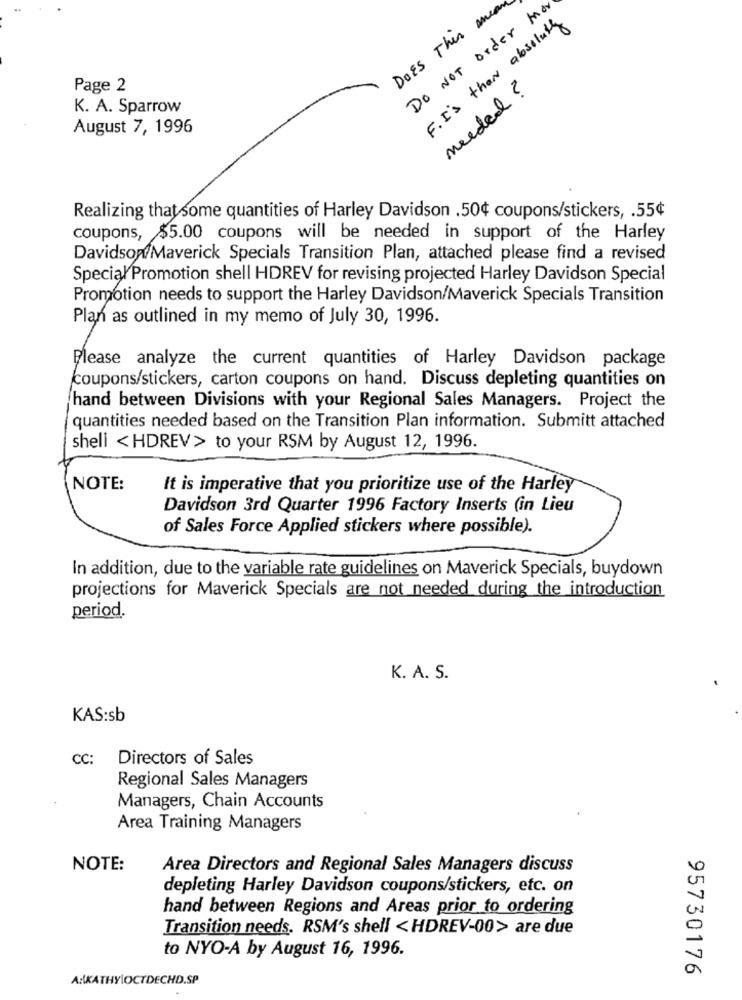
DOES This mia
Do NOT order Mor
F. I's than absoluty
Page 2
needed ?
K. A. Sparrow
August 7, 1996
Realizing that some quantities of Harley Davidson .50¢ coupons/stickers, . 55¢
coupons, $5.00 coupons will be needed in support of the Harley
Davidson Maverick Specials Transition Plan, attached please find a revised
Special Promotion shell HDREV for revising projected Harley Davidson Special
Promotion needs to support the Harley Davidson/Maverick Specials Transition
Plan as outlined in my memo of July 30, 1996.
Please analyze the current quantities of Harley Davidson package
coupons/stickers, carton coupons on hand. Discuss depleting quantities on
hand between Divisions with your Regional Sales Managers. Project the
quantities needed based on the Transition Plan information. Submitt attached
shell < HDREV> to your RSM by August 12, 1996.
NOTE:
It is imperative that you prioritize use of the Harley
Davidson 3rd Quarter 1996 Factory Inserts (in Lieu
of Sales Force Applied stickers where possible).
In addition, due to the variable rate guidelines on Maverick Specials, buydown
projections for Maverick Specials are not needed during the introduction
period.
K. A. S.
KAS:sb
cc:
Directors of Sales
Regional Sales Managers
Managers, Chain Accounts
Area Training Managers
NOTE:
Area Directors and Regional Sales Managers discuss
depleting Harley Davidson coupons/stickers, etc. on
hand between Regions and Areas prior to ordering
Transition needs. RSM's shell < HDREV-00> are due
to NYO-A by August 16, 1996.
95730176
AKATHYIOCTDECHD.SP